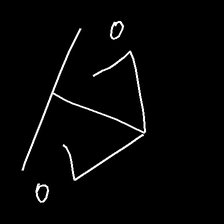
Glyph: earth